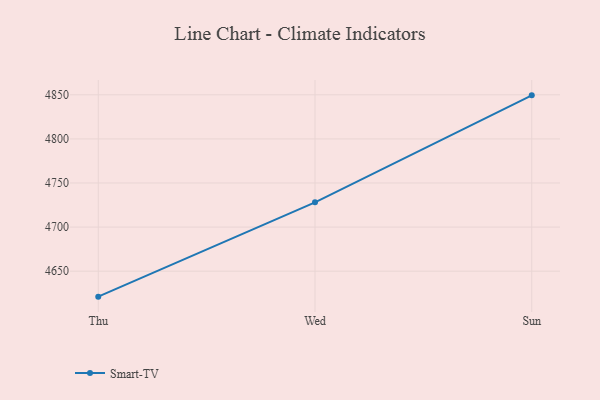
{"axis": {"x": "Day", "y": "Backlog"}, "legend": ["Smart-TV"], "data": [{"x": "Thu", "y": 4621.1, "type": "Smart-TV"}, {"x": "Wed", "y": 4728.1, "type": "Smart-TV"}, {"x": "Sun", "y": 4849.4, "type": "Smart-TV"}]}